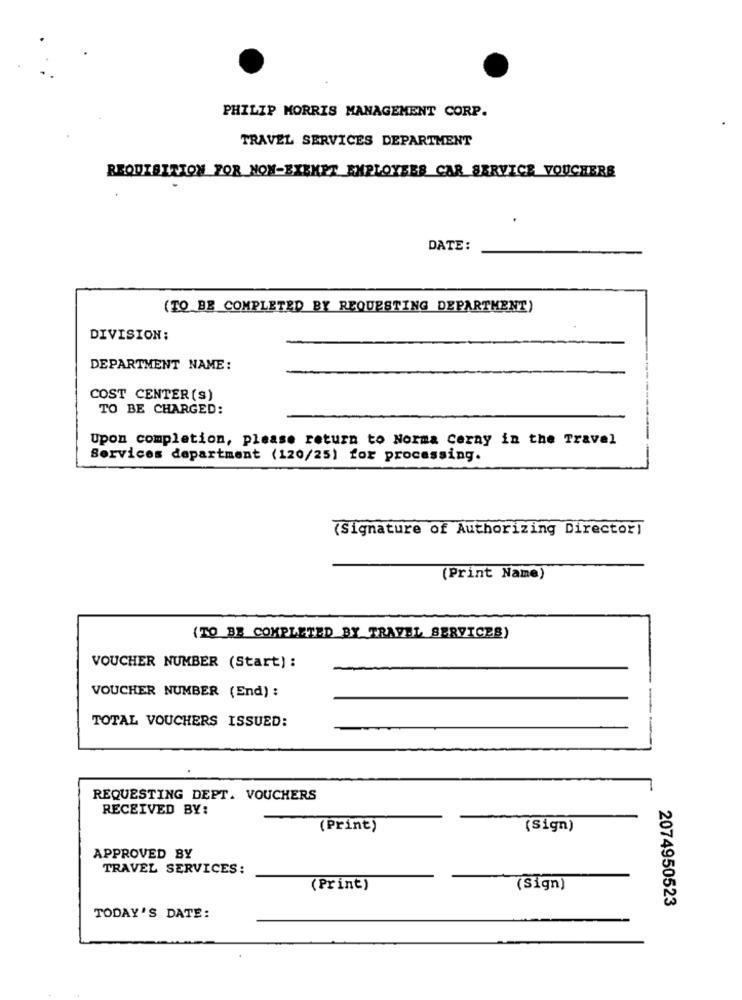
PHILIP MORRIS MANAGEMENT CORP.
TRAVEL SERVICES DEPARTMENT
REQUISITION FOR NON-BIEKET EMPLOYEES CAR SERVICE VOUCHERS
DATE:
(TO BE COMPLETED BY REQUESTING DEPARTMENT)
DIVISION:
DEPARTMENT NAME:
COST CENTER (S)
TO BE CHARGED:
Upon completion, please return to Norma Cerny in the Travel
Services department (120/25) for processing.
(Signature of Authorizing Director)
(Print Name)
( TO BE COMPLETED BY TRAVEL SERVICES)
VOUCHER NUMBER (Start) :
VOUCHER NUMBER (End) :
TOTAL VOUCHERS ISSUED:
--
REQUESTING DEPT. VOUCHERS
RECEIVED BY:
(Print)
(Sign)
APPROVED BY
TRAVEL SERVICES:
(Print)
(Sign)
2074950523
TODAY'S DATE: